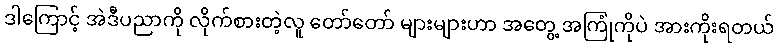
ဒါကြောင့် အဲဒီပညာကို လိုက်စားတဲ့လူ တော်တော် များများဟာ အတွေ့ အကြုံကိုပဲ အားကိုးရတယ်